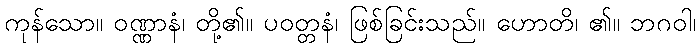
ကုန်သော။ ဝဏ္ဏာနံ၊ တို့၏။ ပဝတ္တနံ၊ ဖြစ်ခြင်းသည်။ ဟောတိ၊ ၏။ ဘဂဝါ၊